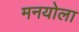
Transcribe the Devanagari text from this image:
मनयोला